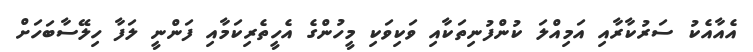
އެއާއެކު ސަރުކާރާއި އަމިއްލަ ކުންފުނިތަކާއި ވަކިވަކި މީހުންގެ އެހީތެރިކަމާއި ފަންނީ ލަފާ ހިލޭސާބަހަށް